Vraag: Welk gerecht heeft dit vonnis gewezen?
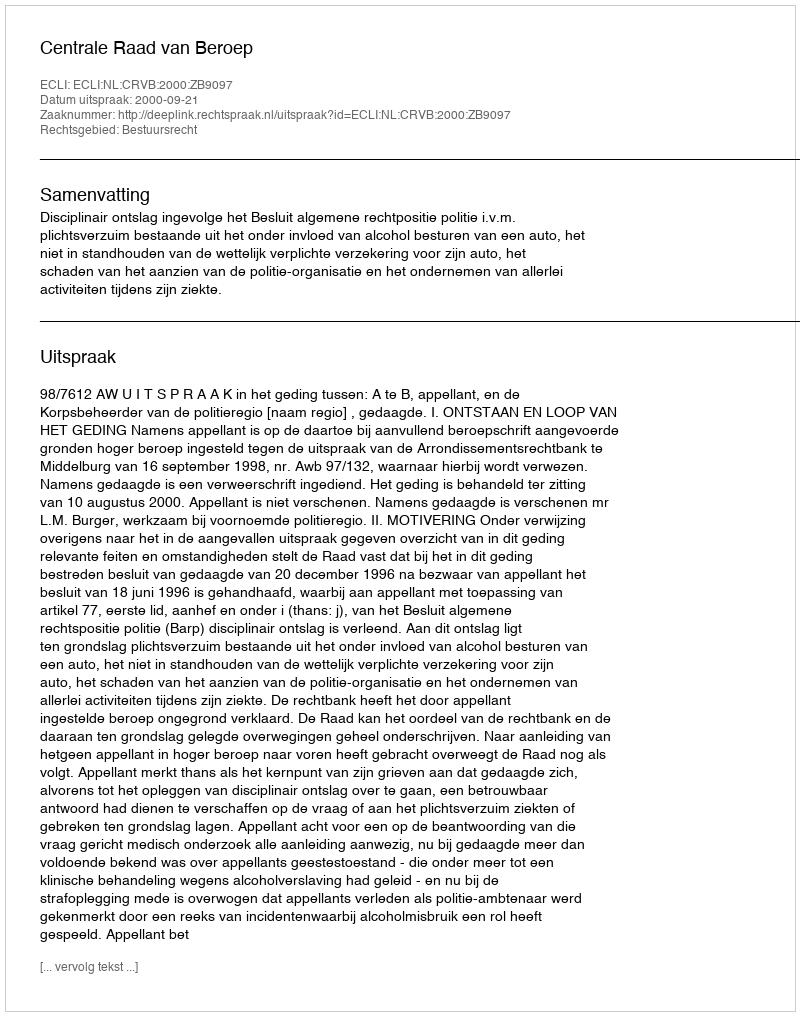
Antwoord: Centrale Raad van Beroep